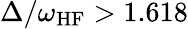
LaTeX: \Delta/\omega_{\mathrm{HF}}>1.618